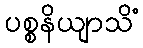
ပစ္စနိယျာသိံ